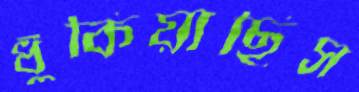
ধুঁকিয়াছিস